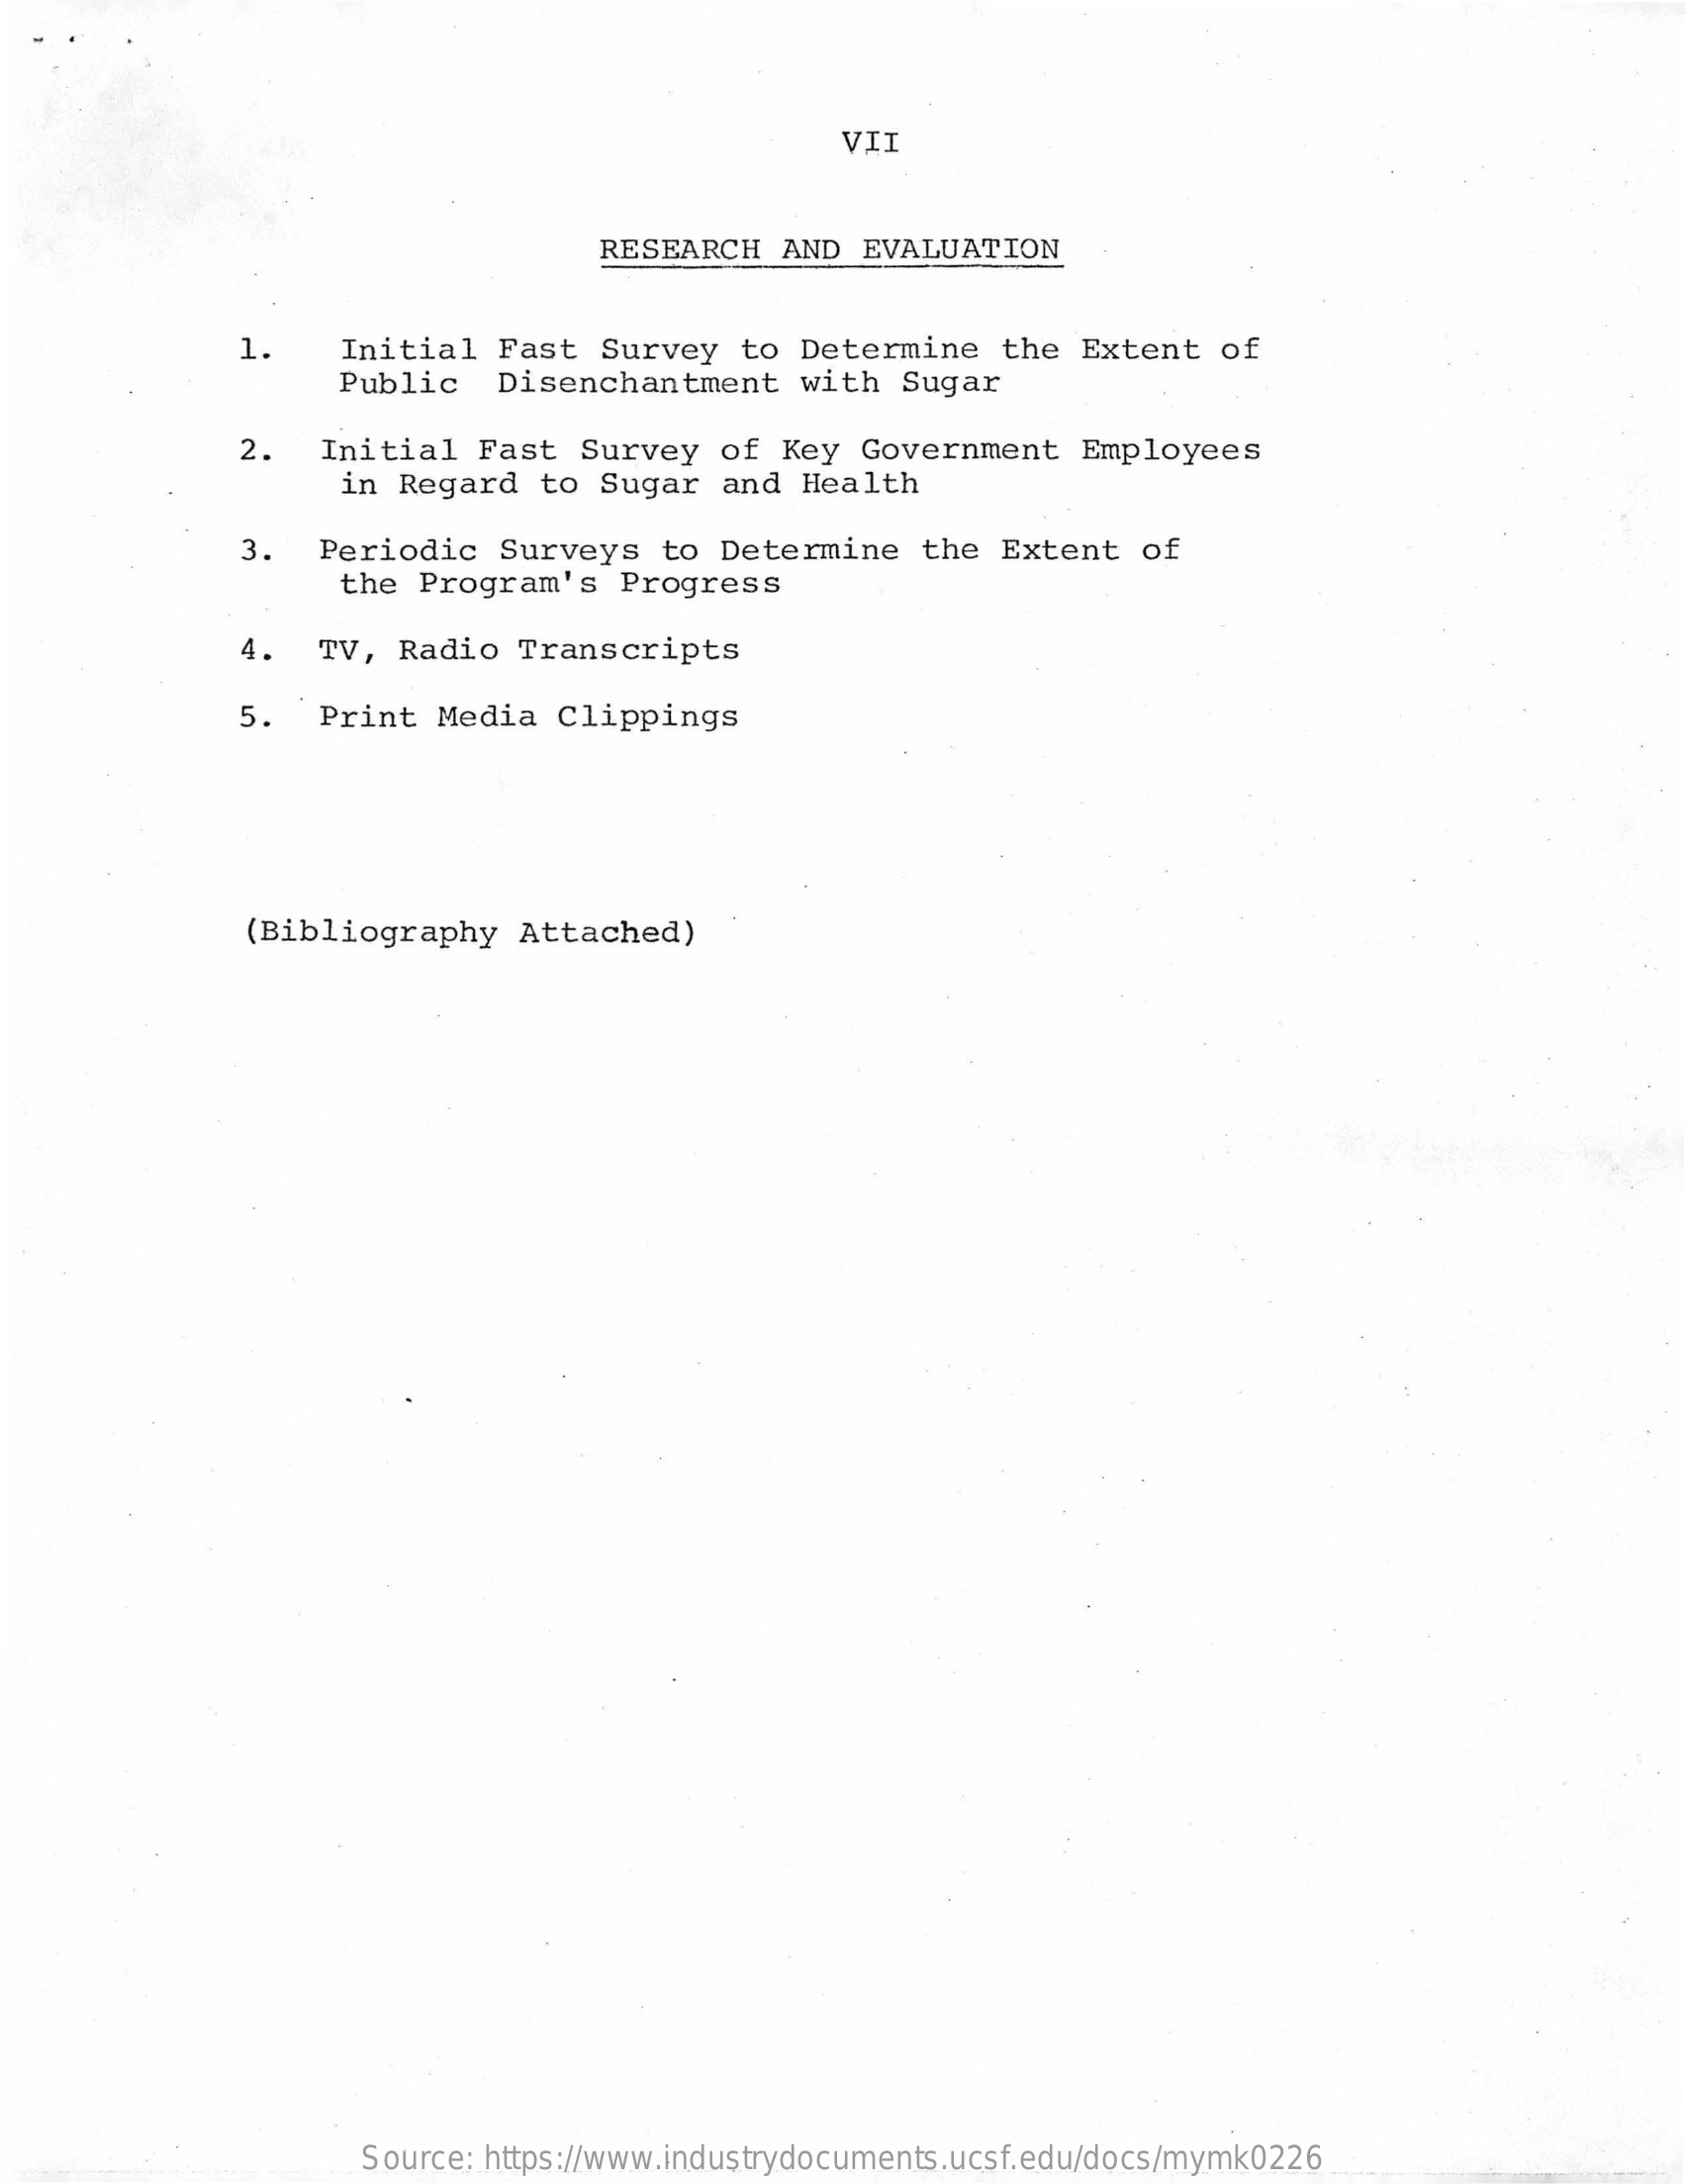
VII
     RESEARCH   AND  EVALUATION
     1.    Initial  Fast   Survey   to Determine    the Extent   of
     Public    Disenchantment    with  Sugar
     2.   Initial  Fast   Survey  of  Key  Government   Employees
     in Regard   to  Sugar  and  Health
     3.   Periodic   Surveys   to Determine    the Extent   of
     the  Program's   Progress
     4.   TV, Radio   Transcripts
     5.  Print   Media  Clippings
     (Bibliography    Attached)
     Source: https://www.industrydocuments.ucsf.edu/docs/mymk0226